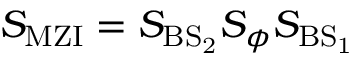
S _ { \mathrm { { M Z I } } } = S _ { \mathrm { { B S } _ { 2 } } } S _ { \phi } S _ { \mathrm { { B S } _ { 1 } } }